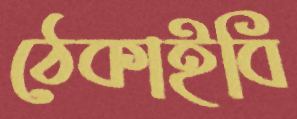
ঠেকাইবি